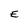
Character: E